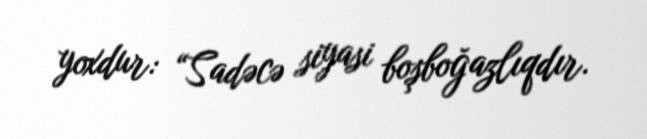
yoxdur: “Sadəcə siyasi boşboğazlıqdır.